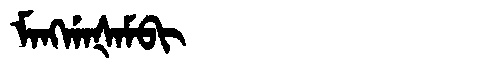
Manchu: ᠮᠠᠩᡤᠠᡧᠠᠮᠪᡳ
Romanization: MANGGAŠAMBI